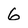
Character: 6